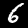
Digit: 6